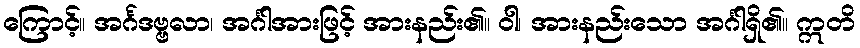
ကြောင့်။ အင်္ဂဒဗ္ဗလာ၊ အင်္ဂါအားဖြင့် အားနည်း၏။ ဝါ၊ အားနည်းသော အင်္ဂါရှိ၏။ ဣတိ